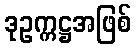
ဒုဥက္ကဋ္ဌအဖြစ်